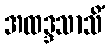
အထဒ္ဒသာသိံ